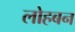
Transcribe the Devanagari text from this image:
लोहबन